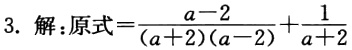
3. 解：原式\(=\frac{a - 2}{(a + 2)(a - 2)}+\frac{1}{a + 2}\)